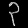
Digit: ၃